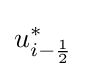
u_{i-{\frac {1}{2}}}^{*}